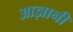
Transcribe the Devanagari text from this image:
आज्ञानी